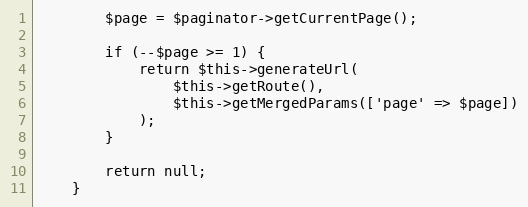
Language: PHP
        $page = $paginator->getCurrentPage();

        if (--$page >= 1) {
            return $this->generateUrl(
                $this->getRoute(),
                $this->getMergedParams(['page' => $page])
            );
        }

        return null;
    }